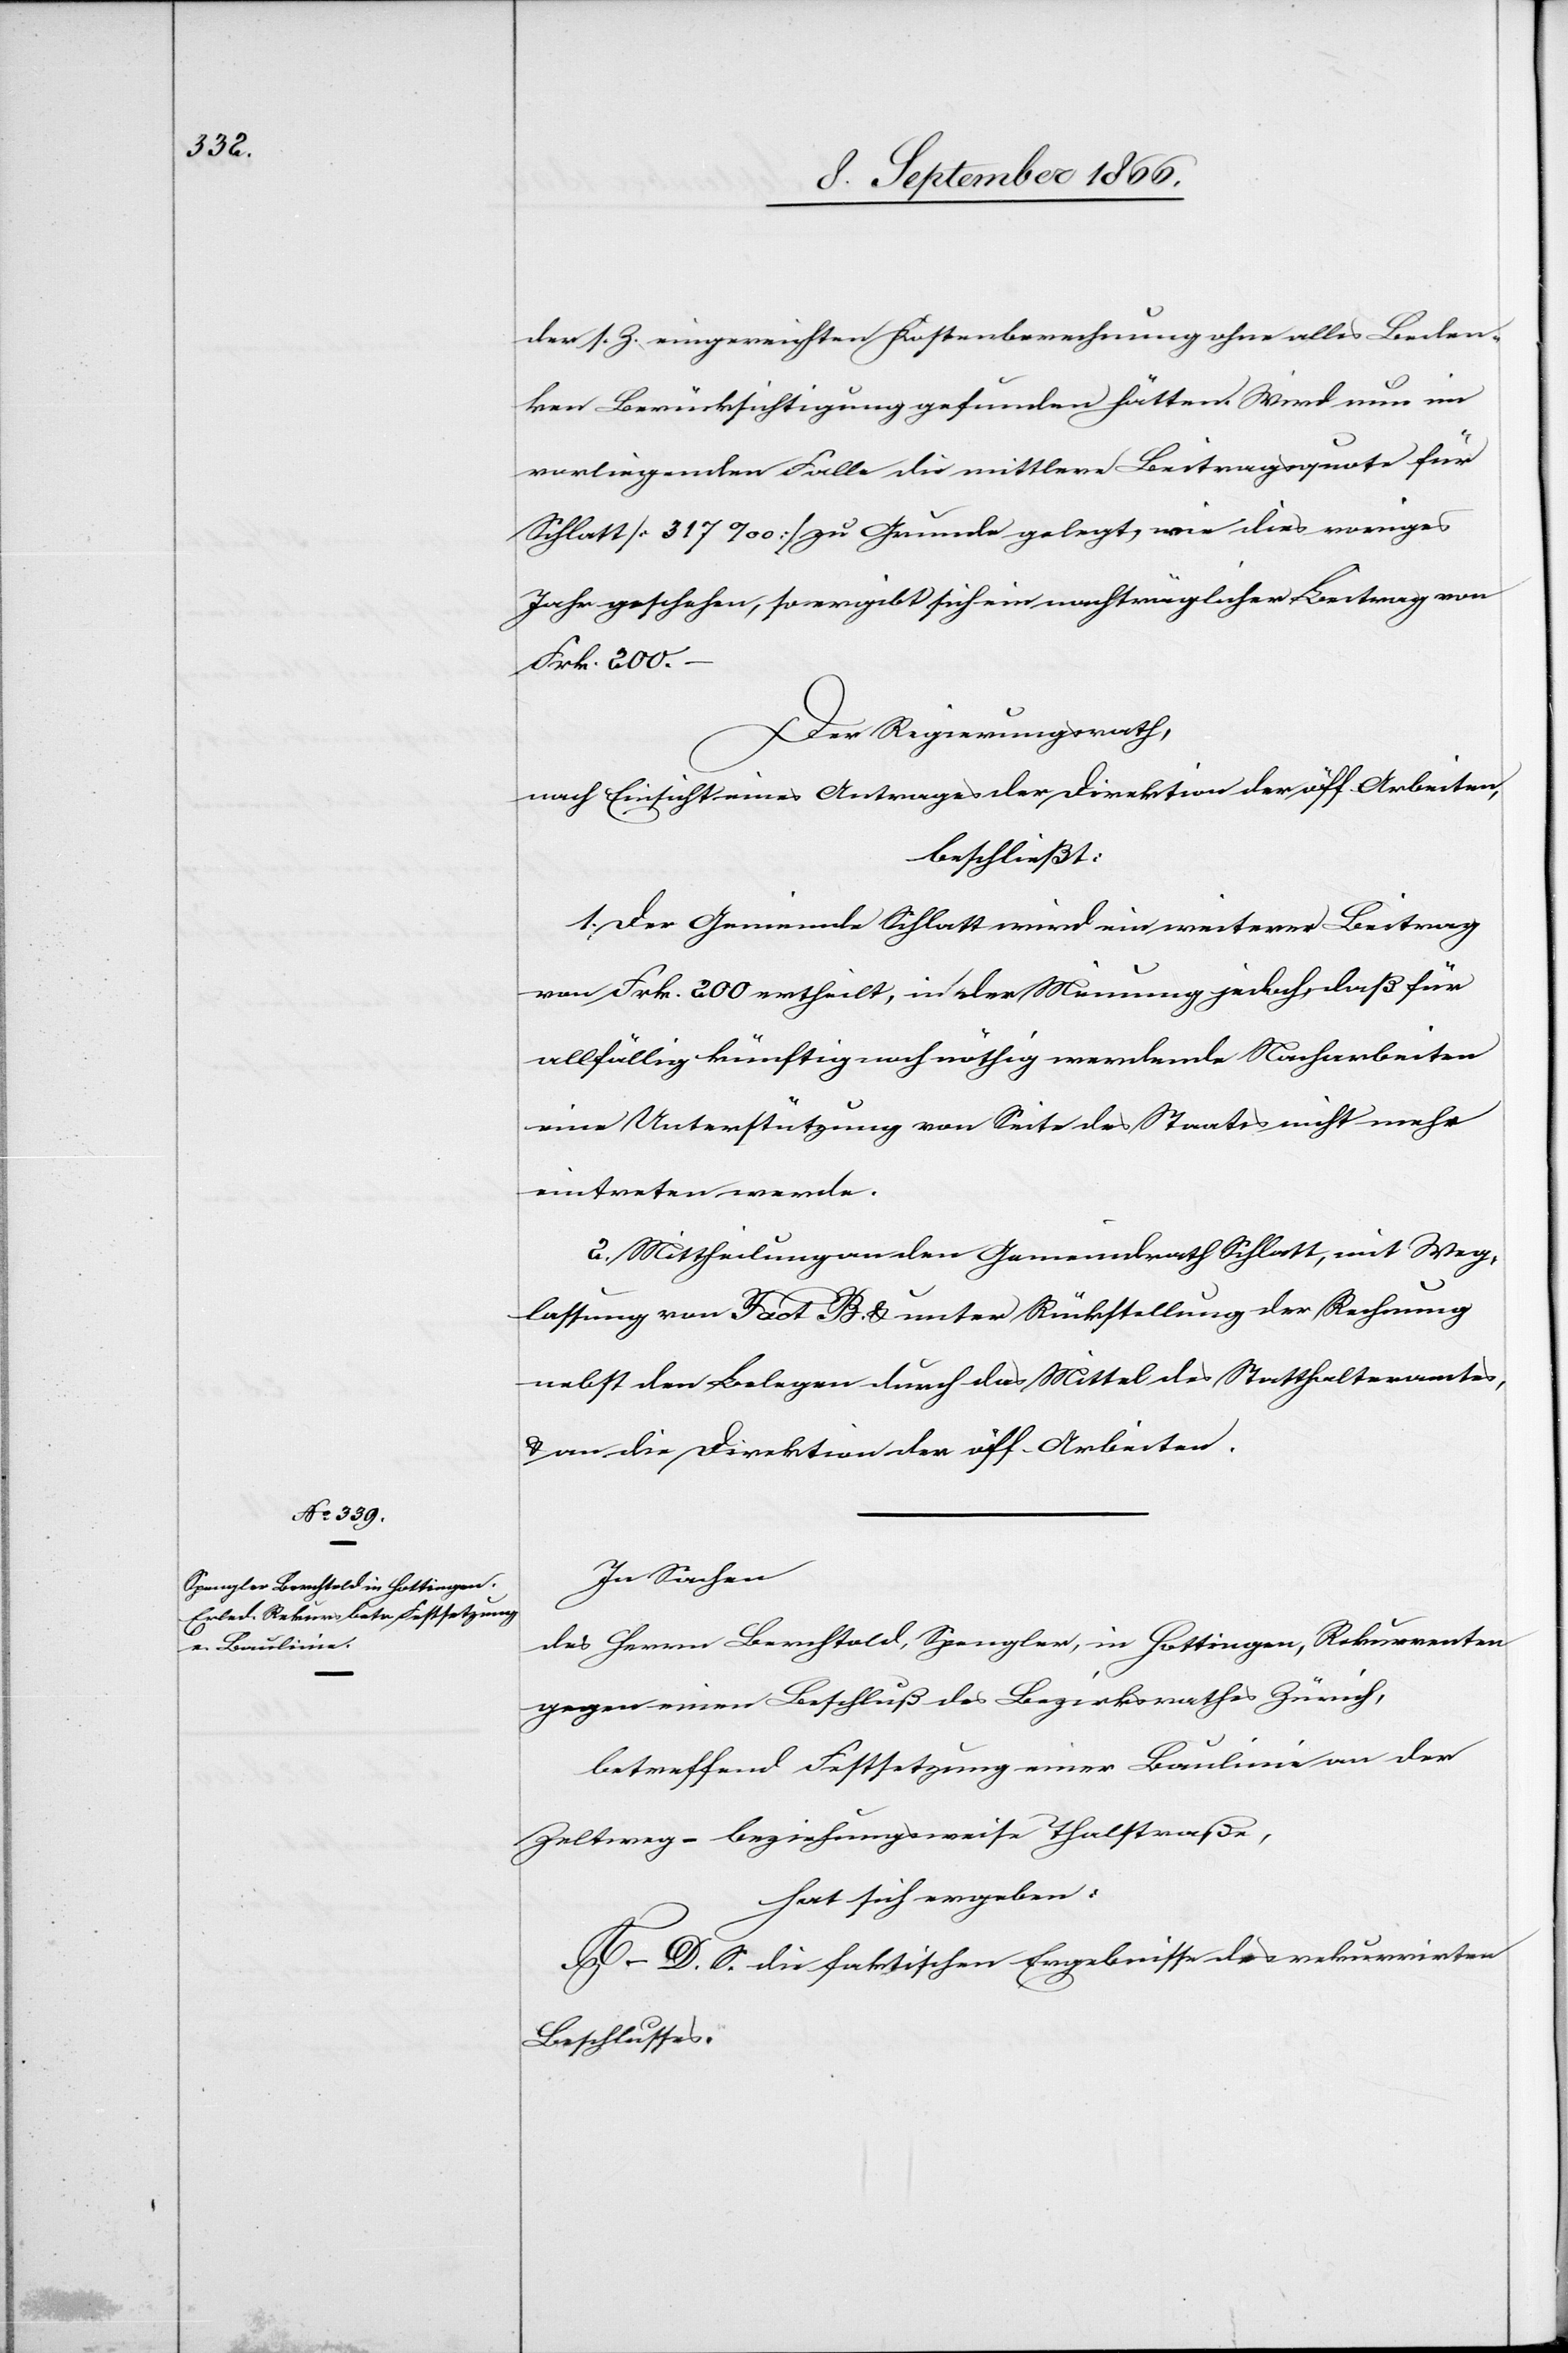
der s. Z. eingereichten Kostenberechnung ohne alles Beden¬
ken Berücksichtigung gefunden hätten. Wird nun im
vorliegenden Falle die mittlere Beitragsquote für
Schlatt [317 ‰] zu Grunde gelegt, wie dies voriges
Jahr geschehen, so ergibt sich ein nachträglicher Beitrag von
Frk. 200.–
Der Regierungsrath,
nach Einsicht eines Antrages der Direktion der öff. Arbeiten,
beschließt:
1. Der Gemeinde Schlatt wird ein weiterer Beitrag
von Frk. 200 ertheilt, in der Meinung jedoch, daß für
allfällig künftig noch nöthig werdende Nacharbeiten
eine Unterstützung von Seite des Staates nicht mehr
eintreten werde.
2. Mittheilung an den Gemeindrath Schlatt, mit Weg¬
lassung von Fact. B. u. unter Rückstellung der Rechnung
nebst den Belegen durch das Mittel des Statthalteramtes
u. an die Direktion der öff. Arbeiten.
In Sachen
des Herrn Berchtold, Spengler, in Hottingen, Rekurrenten
gegen einen Beschluß des Bezirksrathes Zürich,
betreffend Festsetzung einer Baulinie an der
Zeltweg- beziehungsweise Thalstraße,
hat sich ergeben:
A–D. S. die faktischen Ergebnisse des rekurrirten
Beschlusses.